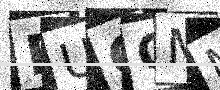
Text: BUGCMM